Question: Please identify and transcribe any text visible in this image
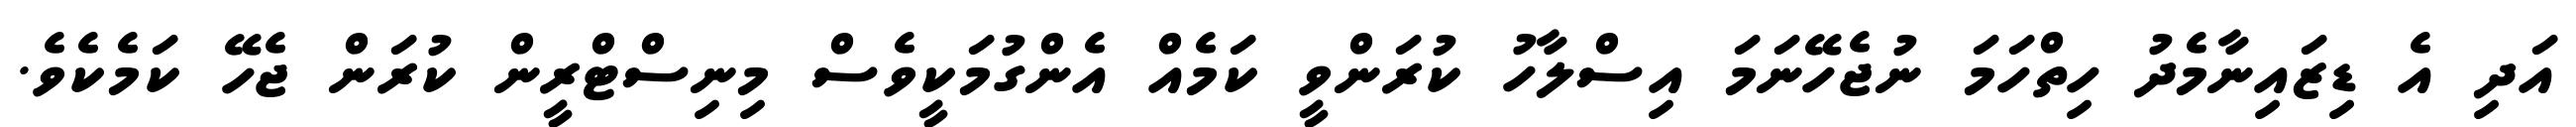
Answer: އަދި އެ ޑިޒައިނާމެދު ހިތްހަމަ ނުޖެހޭނަމަ އިސްލާހު ކުރަންވީ ކަމެއް އެންގުމަކީވެސް މިނިސްޓްރީން ކުރަން ޖެހޭ ކަމެކެވެ.